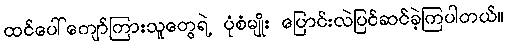
ထင်ပေါ်ကျော်ကြားသူတွေရဲ့ ပုံစံမျိုး ပြောင်းလဲပြင်ဆင်ခဲ့ကြပါတယ်။